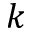
k